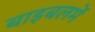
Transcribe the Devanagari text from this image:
बाइबलमें